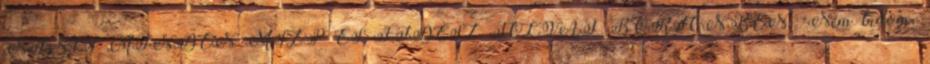
NINCS MINDEN MSZP ÉS FIDESZ TOLVAJ BÖRTÖNBEN: "Nem tudom,